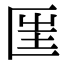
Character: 匩